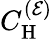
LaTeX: C_{\mathrm{H}}^{({\cal E})}